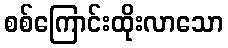
စစ်ကြောင်းထိုးလာသော